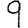
Digit: 9